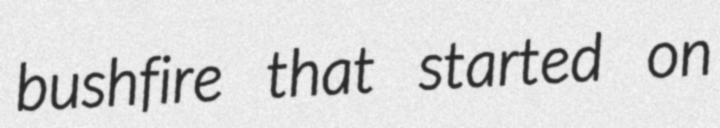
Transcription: bushfire that started on